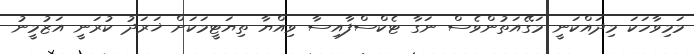
މަމިވާހަކަ މިދައްކަނީ މަގޭއަތުންވެސް ނަގާ ޓެކްސްފާއިސާ ވިއްޔާ ތިޔަޓީމަކަށް ޚަރަދު ކުރަނީ އަޒުމީނު